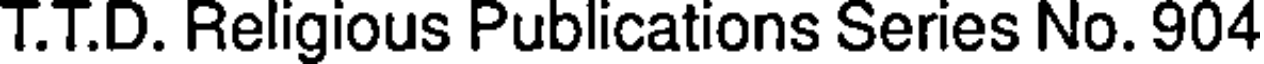
T.T.D. Religious Publications Series No. 904